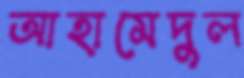
আহামেদুল